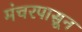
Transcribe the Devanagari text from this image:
मंचरपासून